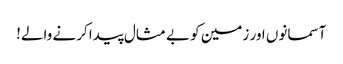
آسمانوں اور زمین کو بے مثال پیدا کرنے والے!